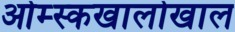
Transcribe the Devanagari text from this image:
ओम्स्कखालोखाल